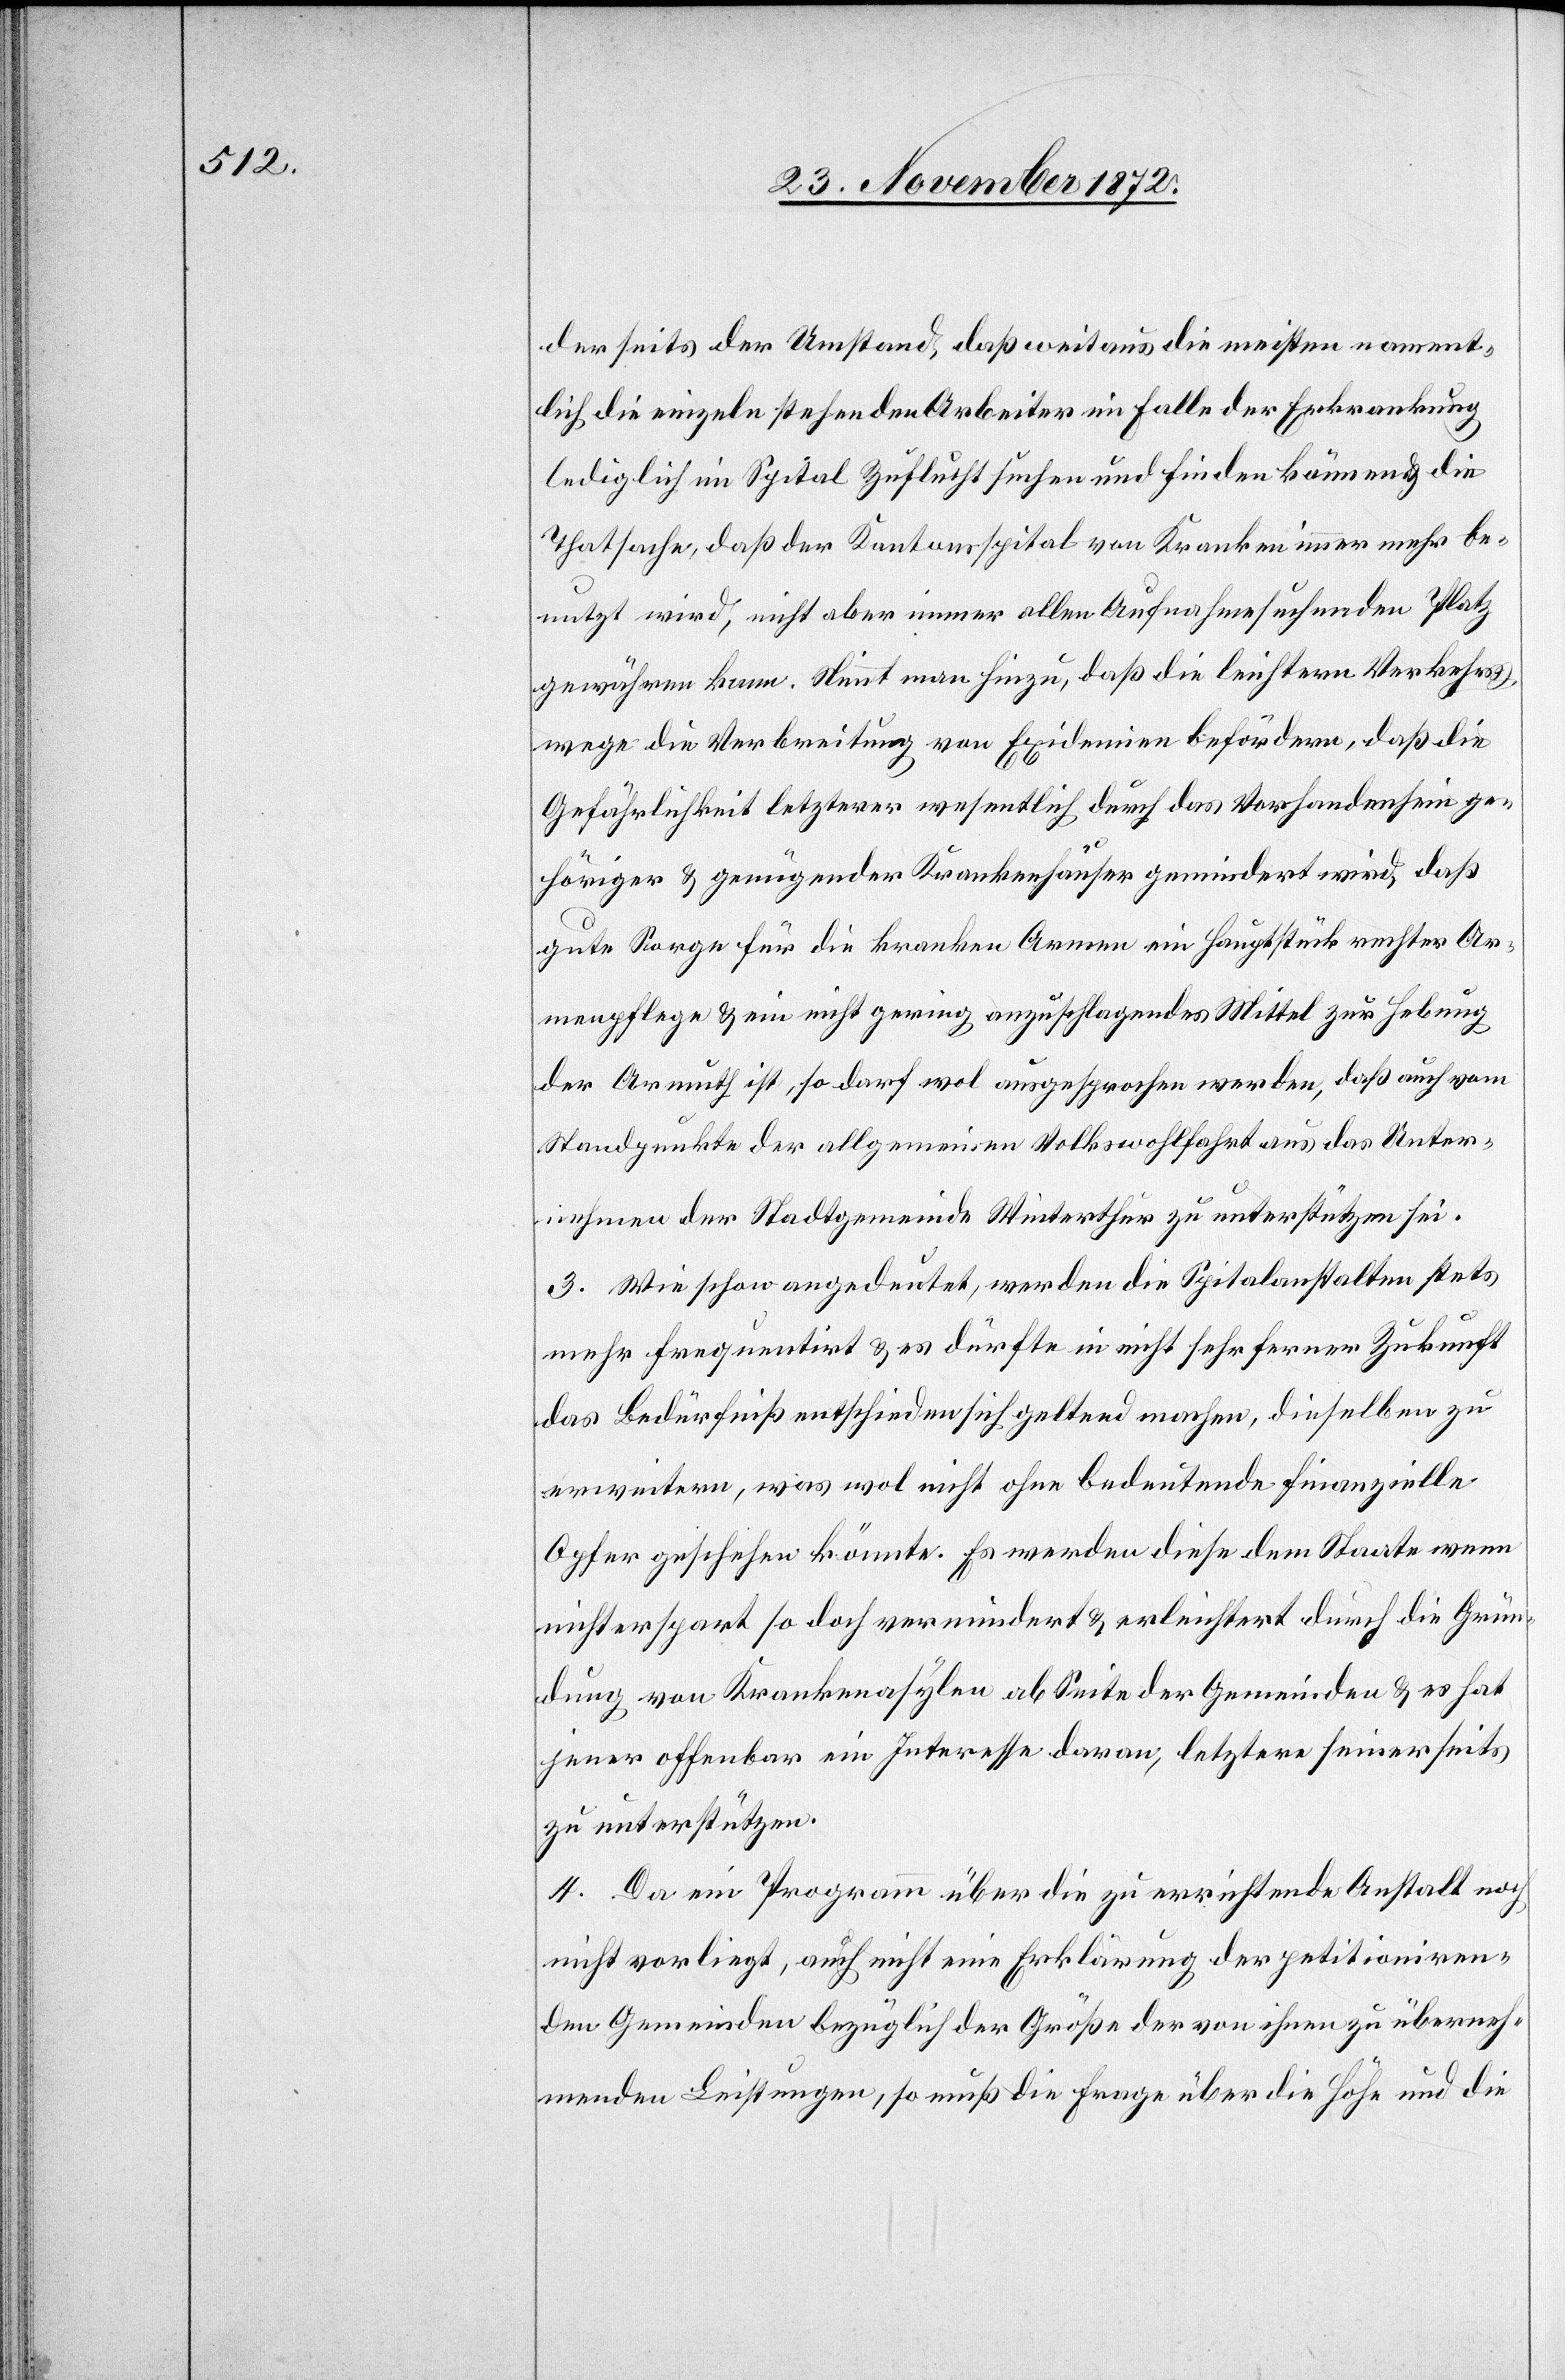
derseits der Umstand, daß weitaus die meisten nament¬
lich die einzeln stehenden Arbeiter im Falle der Erkrankung
lediglich im Spital Zuflucht suchen und finden können & die
Thatsache, daß der Kantonsspital von Kranken immer mehr be¬
nutzt wird, nicht aber immer allen Aufnahmesuchenden Platz
gewähren kann. Nimmt man hinzu, daß die leichtern Verkehrs¬
wege die Verbreitung von Epidemien befördern, daß die
Gefährlichkeit letzterer wesentlich durch das Vorhandensein ge¬
höriger & genügender Krankenhäuser gemindert wird, daß
gute Sorge für die kranken Armen ein Hauptstück rechter Ar¬
menpflege & ein nicht gering anzuschlagendes Mittel zur Hebung
der Armuth ist, so darf wol ausgesprochen werden, daß auch vom
Standpunkte der allgemeinen Volkswohlfahrt aus das Unter¬
nehmen der Stadtgemeinde Winterthur zu unterstützen sei.
3. Wie schon angedeutet, werden die Spitalanstalten stets
mehr frequentirt & es dürfte in nicht sehr ferner Zukunft
das Bedürfniß entschieden sich geltend machen, dieselben zu
erweitern, was wol nicht ohne bedeutende finanzielle
Opfer geschehen könnte. Es werden diese dem Staat wenn
nicht erspart so doch vermindert & erleichtert durch die Grün¬
dung von Krankenasylen ab Seite der Gemeinden & es hat
jener offenbar ein Interesse daran, letztere seinerseits
zu unterstützen.
4. Da ein Programm über die zu errichtende Anstalt noch
nicht vorliegt, auch nicht eine Erklärung der petitioniren¬
den Gemeinden bezüglich der Größe der von ihnen zu überneh¬
menden Leistungen, so muß die Frage über die Höhe und die